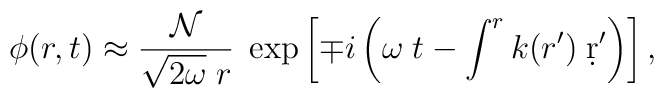
\phi(r,t)  \approx {{\cal N}\over\sqrt{2\omega}\;r}\;\exp\left[\mp i\left(\omega\;t - \int^r k(r') \; \d r'\right)\right],